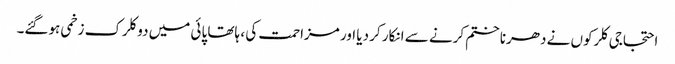
احتجاجی کلرکوں نے دھرنا ختم کرنے سے انکار کر دیا اور مزاحمت کی ، ہاتھا پائی میں دو کلرک زخمی ہوگئے۔